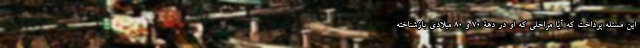
این مسئله پرداخت که آیا مراحلی که او در دهۀ ۷۰ و ۸۰ میلادی بازشناخته